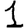
Digit: 1